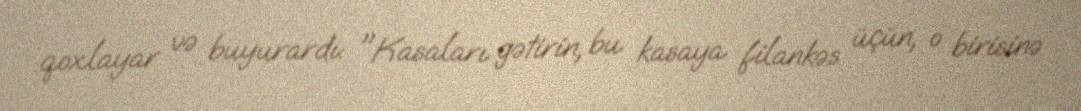
qoxlayar və buyurardı: "Kasaları gətirin, bu kasaya filankəs üçün, o birisinə